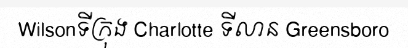
Wilsonទីក្រុង Charlotte ទីលាន Greensboro